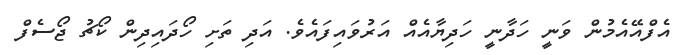
އެފްއޭއެމުން ވަނީ ހަދާނީ ހަދިޔާއެއް އަރުވައިފައެވެ. އަދި ތަށި ހޯދައިދިން ކޯޗު ޖޯސެފް